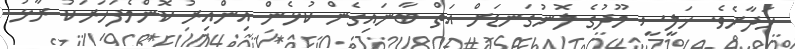
ހަދާށެވެ. ޚަލީސީ މޫދުގެ ލޮނުގަނޑަށް އަތް ބާނައިގެން ކުޅެން އިންއިރު ކޮންމެފަހަރަކު ރާޅު